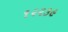
૧૨૨૩૯